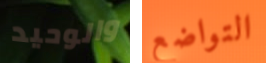
والوحيد التواضع